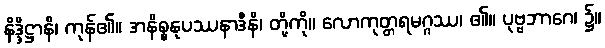
နိဒ္ဒိဋ္ဌာနိ၊ ကုန်၏။ အနိစ္စနုပဿနာဒီနိ၊ တို့ကို။ လောကုတ္တရမဂ္ဂဿ၊ ၏။ ပုဗ္ဗဘာဂေ၊ ၌။